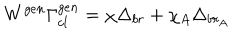
W ^ { g e n } \Gamma _ { c l } ^ { g e n } = \chi \Delta _ { b r } + \chi _ { A } \Delta _ { b r _ { A } }